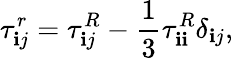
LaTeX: \tau_{\mathbf{i}j}^{r}=\tau_{\mathbf{i}j}^{R}-\frac{{1}}{{3}}\tau_{\mathbf{i}\mathbf{i}}^{R}\delta_{\mathbf{i}j},